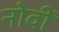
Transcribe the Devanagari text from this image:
नोवीं